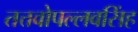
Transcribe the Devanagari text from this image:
तत्तवोपल्लवसिंह